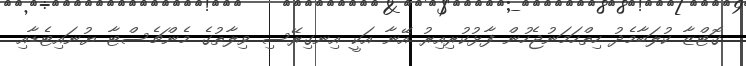
ގޮޓްޒާ ކުލަބާމެދު ހިތްހަމަނުޖެހުން ފާޅުކުރިއިރު އޭނާ އަކީ އިނގިރޭސި ވިލާތުގެ މެންޗެސްޓާ ޔުނައިޓެޑާއި